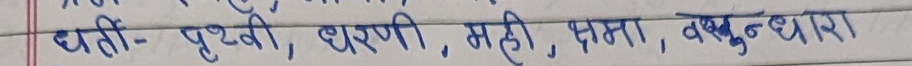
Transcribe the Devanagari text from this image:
धरती- पृथ्वी, धरणी, मही, क्षमा, वसुन्धरा